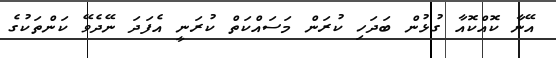
އޭނާ ކޮއްކޮއާ ގުޅުން ބަދަހި ކުރަން މަސައްކަތް ކުރަނީ އެފަދަ ނޭދެވޭ ކަންތަކުގެ